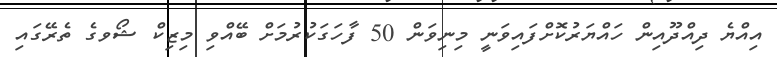
އިއްޔެ ދިއްދޫއިން ހައްޔަރުކޮށްފައިވަނީ މިނިވަން 50 ފާހަގަކުރުމަށް ބޭއްވި މިޒިކް ޝޯވގެ ތެރޭގައި